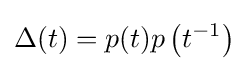
\Delta (t)=p(t)p\left(t^{-1}\right)